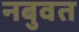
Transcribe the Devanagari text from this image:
नबुवत